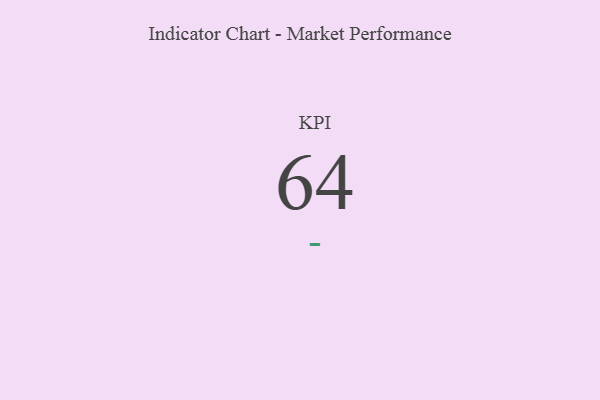
{"axis": {"x": "KPI", "y": "Value"}, "legend": [""], "data": [{"x": "KPI", "y": 64, "type": ""}]}